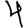
Digit: 4